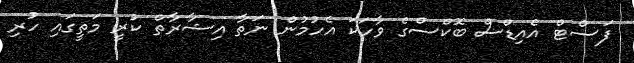
ފަސްޓް އެއިޑްސް ބޮކްސްގެ ވާހަކަ އެހުމުން ނަތާ އިޝާރާތް ކުރީ މަތީގައި ހުރި